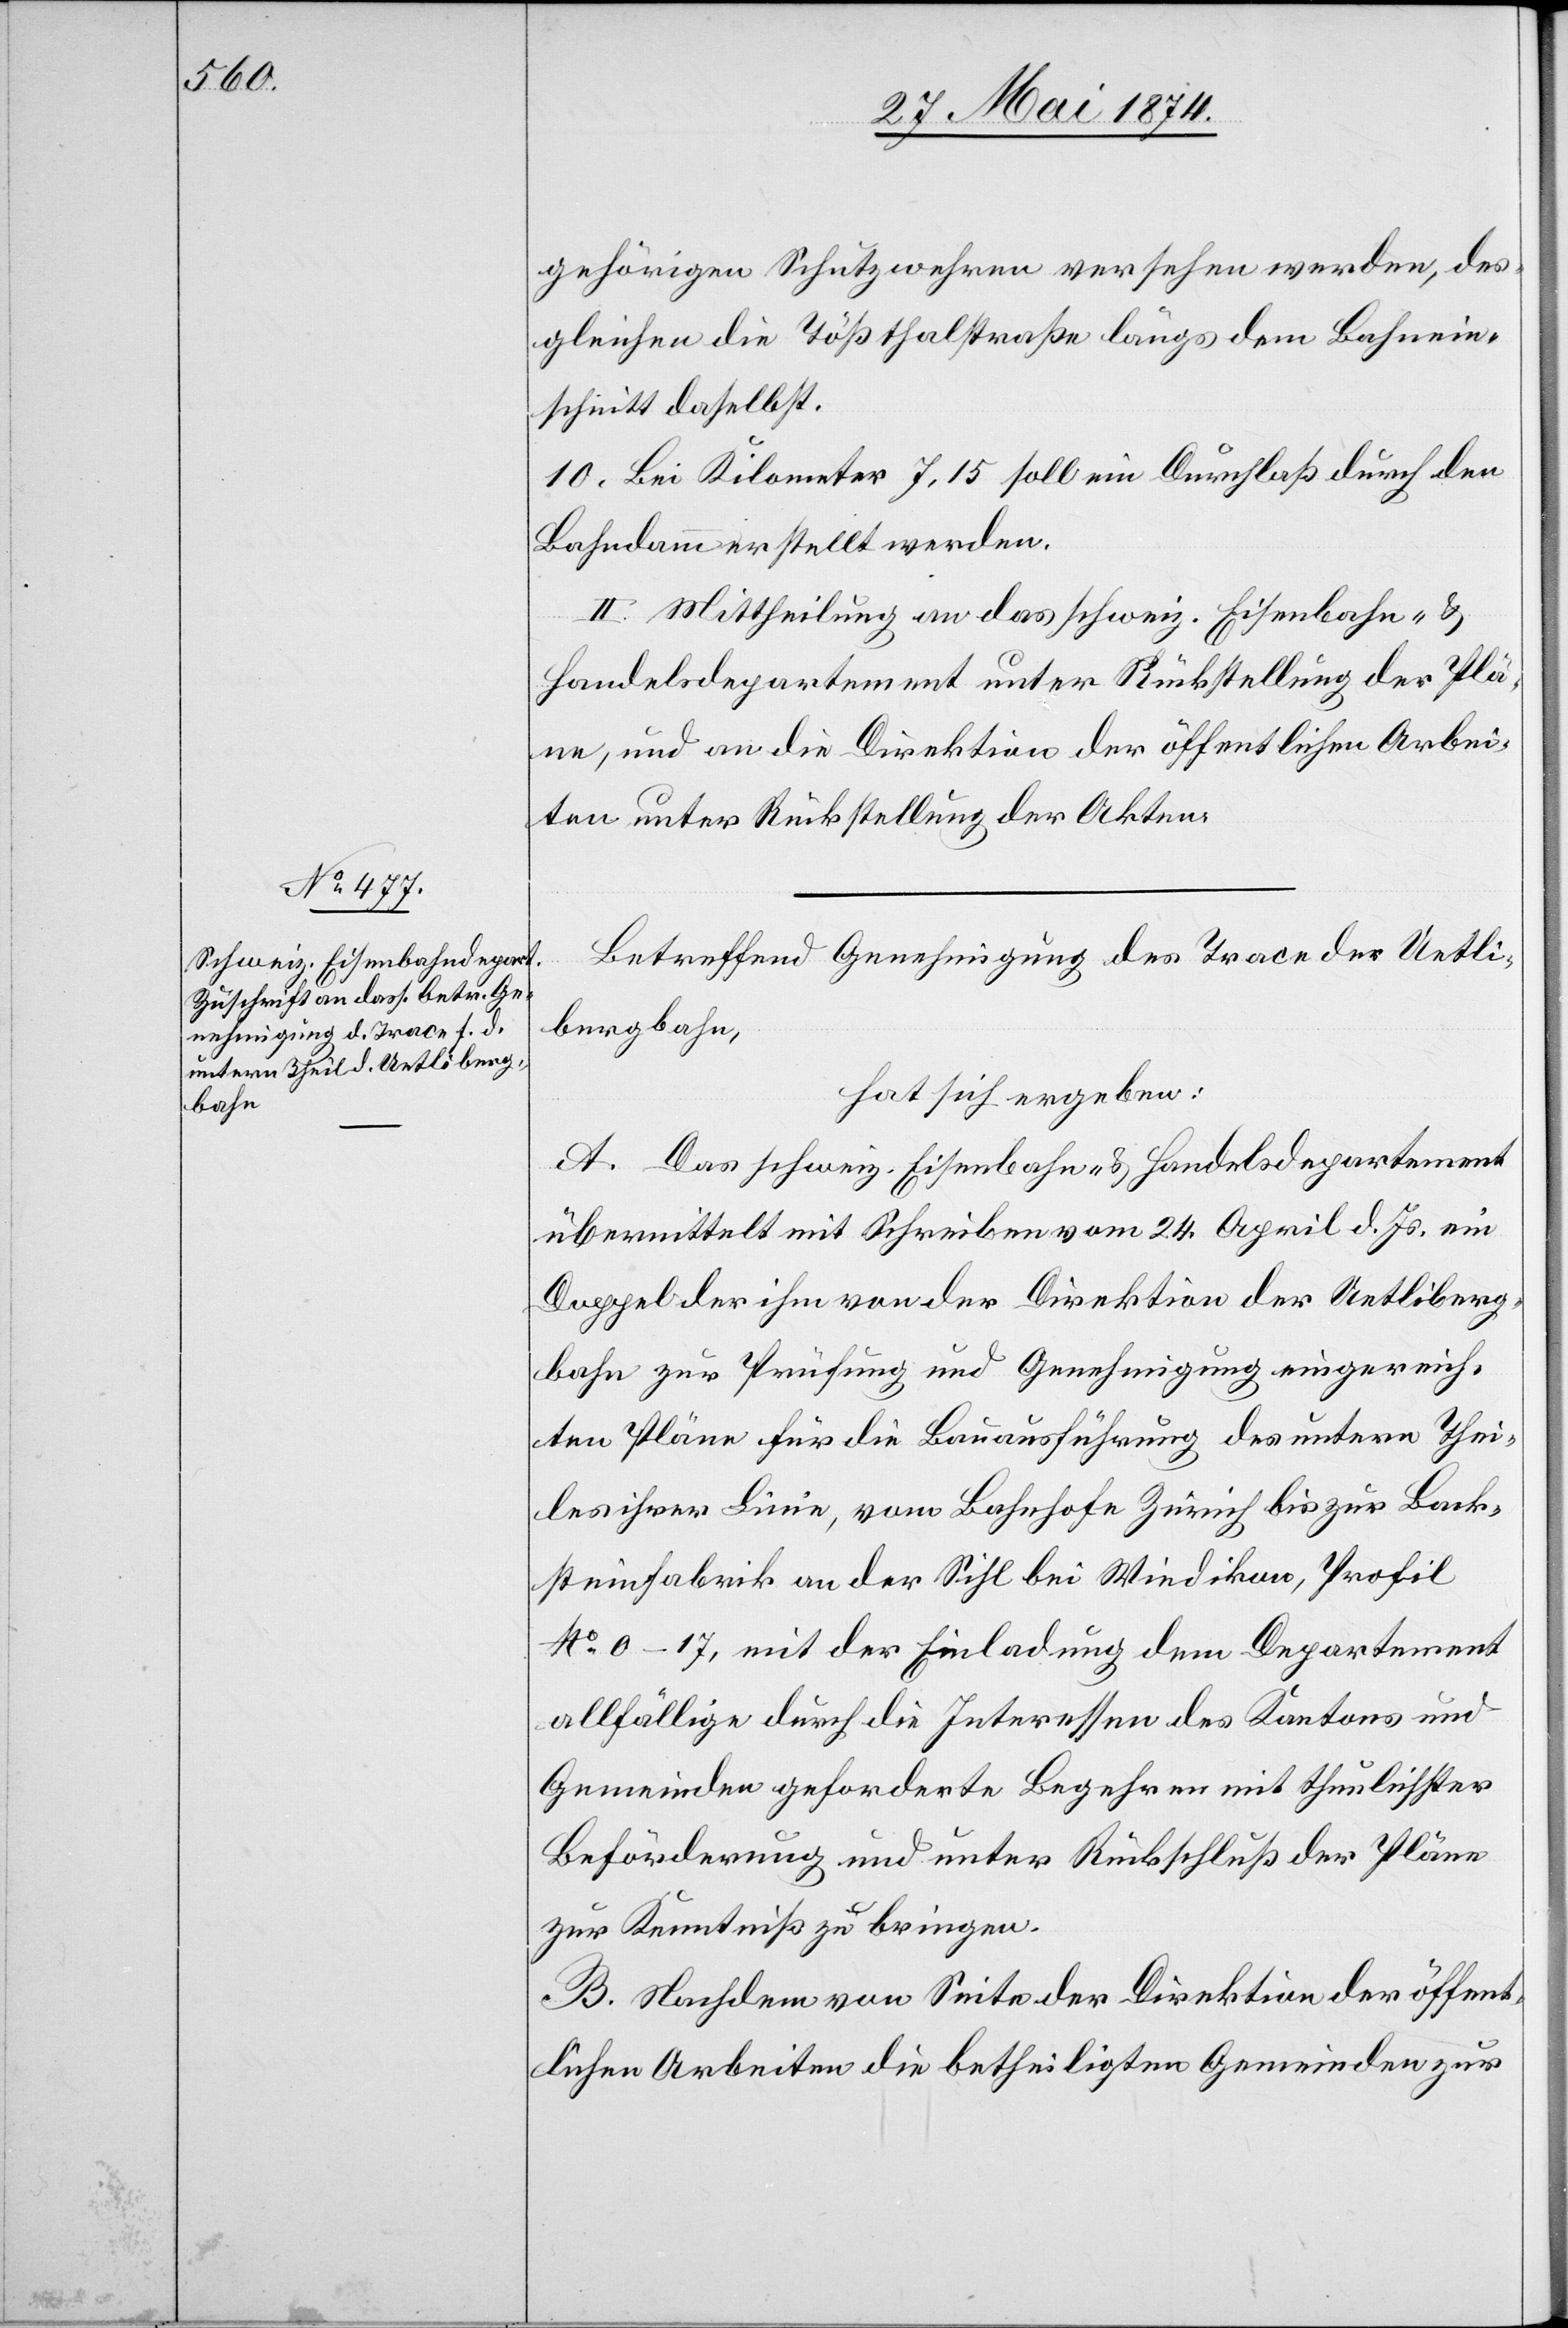
gehörigen Schutzwehren versehen werden, des¬
gleichen die Tößthalstraße längs dem Bahnein¬
schnitt daselbst.
10. Bei Kilometer 7,15 soll ein Durchlaß durch den
Bahndamm erstellt werden.
II. Mittheilung an das schweiz. Eisenbahn- u.
Handelsdepartement unter Rückstellung der Plä¬
ne, und an die Direktion der öffentlichen Arbei¬
ten unter Rückstellung der Akten.
Betreffend Genehmigung des Trace der Uetli¬
bergbahn,
hat sich ergeben:
A. Das schweiz. Eisenbahn- u. Handelsdepartement
übermittelt mit Schreiben vom 24. April d. Js. ein
Doppel der ihm von der Direktion der Uetliberg¬
bahn zur Prüfung und Genehmigung eingereich¬
ten Pläne für die Bauausführung des untern Thei¬
les ihrer Linie, vom Bahnhofe Zürich bis zur Back¬
steinfabrik an der Sihl bei Wiedikon, Profil
No 0–17, mit der Einladung dem Departement
allfällige durch die Interessen des Kantons und
Gemeinden geforderte Begehren mit thunlichster
Beförderung und unter Rückschluß der Pläne
zur Kenntniß zu bringen.
B. Nachdem von Seite der Direktion der öffent¬
lichen Arbeiten die betheiligten Gemeinden zur